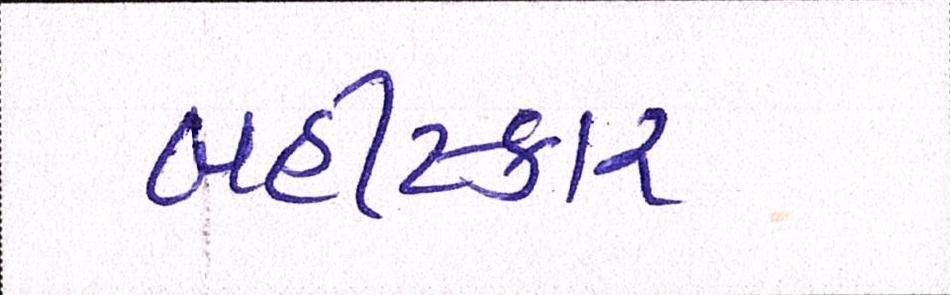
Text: બહીષ્કાર